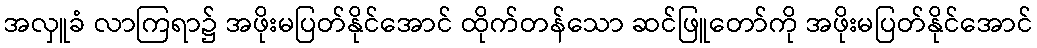
အလှူခံ လာကြရာ၌ အဖိုးမပြတ်နိုင်အောင် ထိုက်တန်သော ဆင်ဖြူတော်ကို အဖိုးမပြတ်နိုင်အောင်